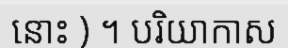
នោះ ) ។ បរិយាកាស